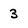
Character: 3